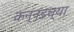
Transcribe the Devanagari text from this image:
कन्‍नडच्या